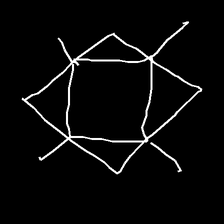
Glyph: light